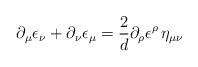
LaTeX: \begin{align*}\partial_{\mu} \epsilon_{\nu}+\partial_{\nu} \epsilon_{\mu} = \frac{2}{d}\partial_{\rho} \epsilon^{\rho} \, \eta_{\mu \nu}\end{align*}